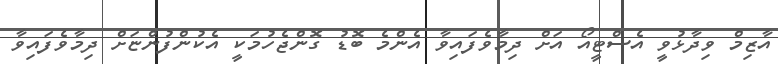
އާޒިމް ވިދާޅުވީ އެސްޓީއޯ އަށް ދިމާވެފައިވާ އެންމެ ބޮޑު ގޮންޖެހުމަކީ އެކުންފުންޏަށް ދިމާވެފައިވާ